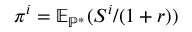
\pi ^ { i } = \mathbb { E } _ { \mathbb { P } ^ { * } } ( S ^ { i } / ( 1 + r ) )